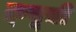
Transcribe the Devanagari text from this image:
क्र्यूची